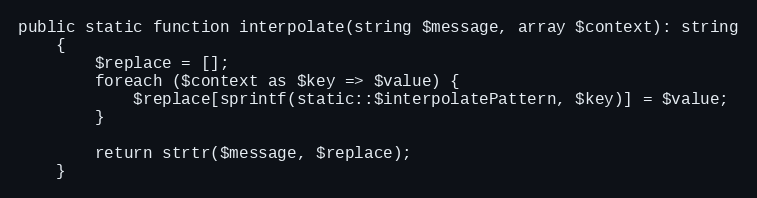
Language: PHP
public static function interpolate(string $message, array $context): string
    {
        $replace = [];
        foreach ($context as $key => $value) {
            $replace[sprintf(static::$interpolatePattern, $key)] = $value;
        }

        return strtr($message, $replace);
    }